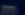
Transcribe